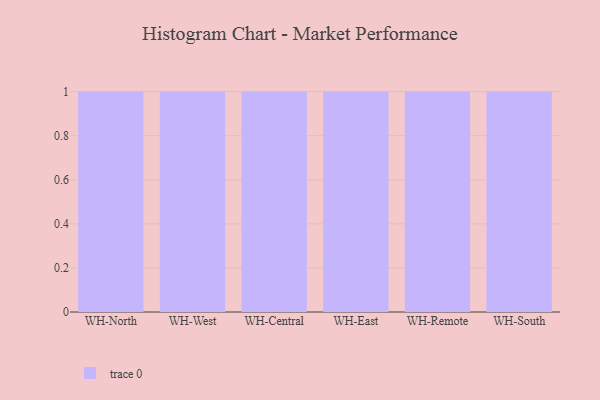
{"axis": {"x": "Warehouse", "y": "Demand Index"}, "legend": [""], "data": [{"x": "WH-North", "y": 23, "type": ""}, {"x": "WH-West", "y": 60, "type": ""}, {"x": "WH-Central", "y": 48, "type": ""}, {"x": "WH-East", "y": 77, "type": ""}, {"x": "WH-Remote", "y": 7, "type": ""}, {"x": "WH-South", "y": 68, "type": ""}]}